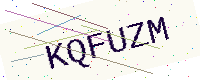
Text: KQFUZM